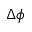
\Delta \phi